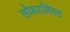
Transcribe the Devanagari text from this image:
सोश्यलिस्ट